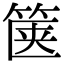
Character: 箧